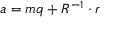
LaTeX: a = m q + R ^ { - 1 } \cdot r